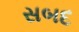
સબદ